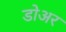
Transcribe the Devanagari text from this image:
डोअर